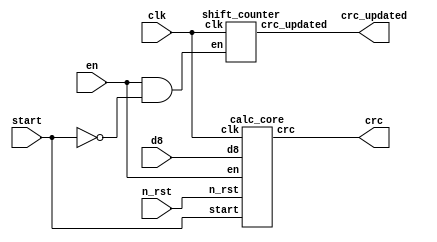
module crc16_citt_calc(
	input clk,
	input n_rst,
	input en,
	input [7:0] d8,
	input start,
	output [15:0] crc,
	output crc_updated
);

shift_counter SH_CNTR(
	.clk(clk),
	.en(en & (~start)),
	.crc_updated(crc_updated)
);

calc_core CLAC_CORE (
	.clk(clk),
	.n_rst(n_rst),
	.en(en),
	.d8(d8),
	.start(start),
	.crc(crc)
);
endmodule 


module calc_core (
	input clk,
	input n_rst,
	input en,
	input [7:0] d8,
	input start,
	output reg [15:0] crc
);

wire[15:0] d16;
assign d16[15:8] = d8;

always@(posedge clk or negedge n_rst)
begin
	if(n_rst == 0)
		begin
			crc = 16'hFFFF;
		end
	else if(en)
		begin
			if(start)
				begin
					crc = crc^d16;
				end
			else
				begin
					crc = (crc & 16'h8000) ? (crc << 1)^16'h1021 : (crc << 1);
				end
		end
end
endmodule 


module shift_counter (
	input clk,
	input en,
	output crc_updated
);

reg [2:0] sh_cntr;
parameter CRC_UPDATE_TIME = 7;
assign crc_updated = (sh_cntr == CRC_UPDATE_TIME);
always@(posedge clk)
begin
	if(en)
		begin
			sh_cntr = sh_cntr + 1;
		end
end
endmodule